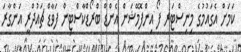
ކަމަށް އެގައުމުގެ މިނިސްޓަރ ފޯ އިންފޮމޭޝަން އެންޑް ބްރޯޑްކާސްޓިން ފަވާޑް ޗައުދްރީ އަންގާރަ